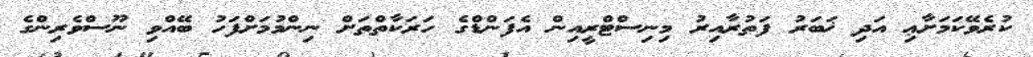
ކުރެވޭކަމަށާޢި އަދި ޚަބަރު ފަތުރާއިރު މިނިސްޓްރީއިން އެފަންޑްގެ ހަރަކާތްތަށް ނިންމުމަށްފަހު ބޭއްވި ނޫސްވެރިންގެ